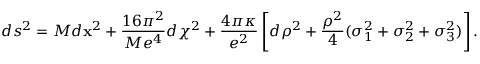
d s ^ { 2 } = M d { \bf x } ^ { 2 } + { \frac { 1 6 \pi ^ { 2 } } { M e ^ { 4 } } } d \chi ^ { 2 } + \frac { 4 \pi \kappa } { e ^ { 2 } } \left[ d \rho ^ { 2 } + { \frac { \rho ^ { 2 } } { 4 } } ( \sigma _ { 1 } ^ { 2 } + \sigma _ { 2 } ^ { 2 } + \sigma _ { 3 } ^ { 2 } ) \right] .